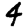
Digit: 4